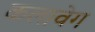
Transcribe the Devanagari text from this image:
कलावेग